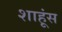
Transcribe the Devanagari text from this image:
शाहूंस